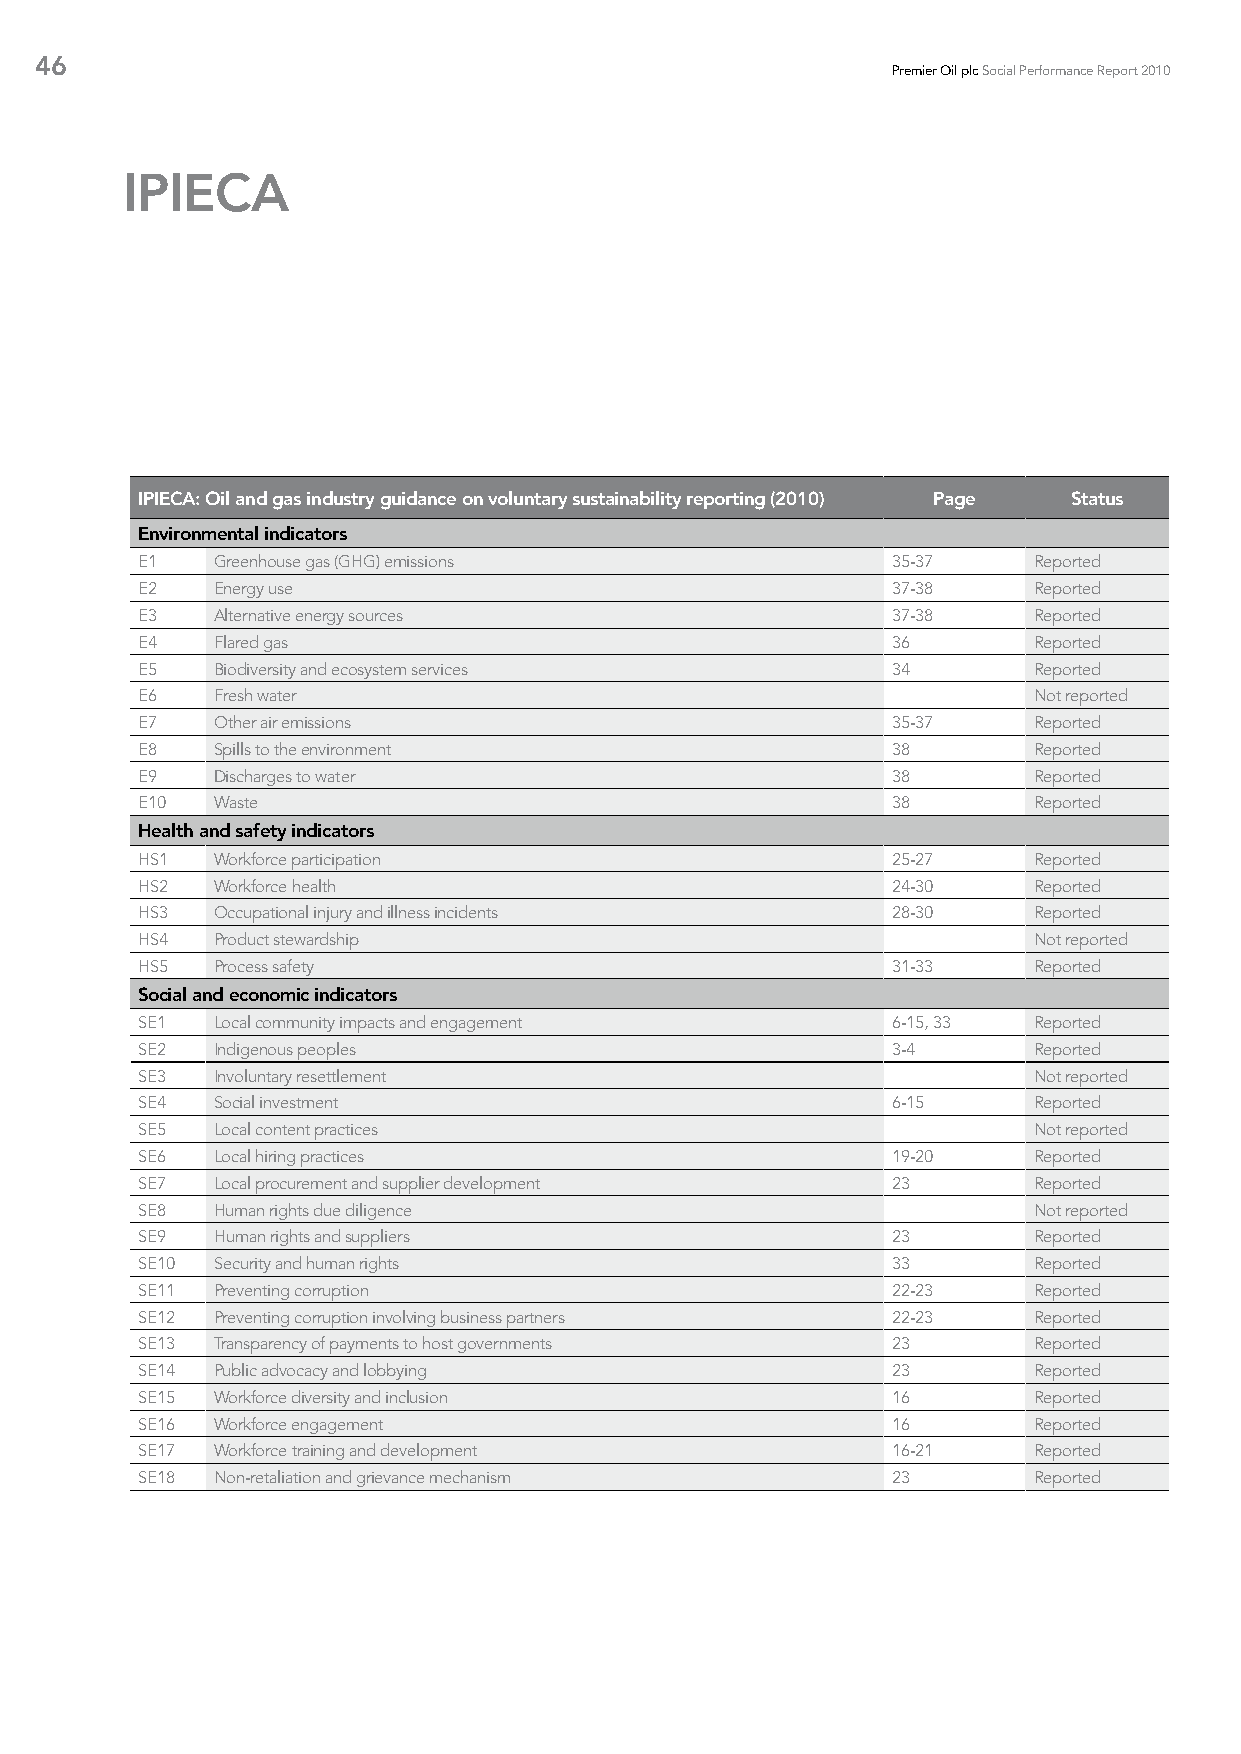
46
 Premier Oil plc Social Performance Report 2010
 IPIECA
 IPIECA: Oil and gas industry guidance on voluntary sustainability reporting (2010) Page Status
 Environmental indicators
 E1   Greenhouse gas (GHG) emissions               35-37    Reported
 E2   Energy use                                   37-38    Reported
 E3   Alternative energy sources                   37-38    Reported
 E4   Flared gas                                   36       Reported
 E5   Biodiversity and ecosystem services          34       Reported
 E6   Fresh water                                           Not reported
 E7   Other air emissions                          35-37    Reported
 E8   Spills to the environment                    38       Reported
 E9   Discharges to water                          38       Reported
 E10  Waste                                        38       Reported
 Health and safety indicators
 HS1  Workforce participation                      25-27    Reported
 HS2  Workforce health                             24-30    Reported
 HS3  Occupational injury and illness incidents    28-30    Reported
 HS4  Product stewardship                                   Not reported
 HS5  Process safety                               31-33    Reported
 Social and economic indicators
 SE1  Local community impacts and engagement       6-15, 33 Reported
 SE2  Indigenous peoples                           3-4      Reported
 SE3  Involuntary resettlement                              Not reported
 SE4  Social investment                            6-15     Reported
 SE5  Local content practices                               Not reported
 SE6  Local hiring practices                       19-20    Reported
 SE7  Local procurement and supplier development   23       Reported
 SE8  Human rights due diligence                            Not reported
 SE9  Human rights and suppliers                   23       Reported
 SE10 Security and human rights                    33       Reported
 SE11 Preventing corruption                        22-23    Reported
 SE12 Preventing corruption involving business partners 22-23 Reported
 SE13 Transparency of payments to host governments 23       Reported
 SE14 Public advocacy and lobbying                 23       Reported
 SE15 Workforce diversity and inclusion            16       Reported
 SE16 Workforce engagement                         16       Reported
 SE17 Workforce training and development           16-21    Reported
 SE18 Non-retaliation and grievance mechanism      23       Reported